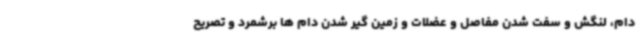
دام، لنگش و سفت شدن مفاصل و عضلات و زمین گیر شدن دام ها برشمرد و تصریح